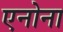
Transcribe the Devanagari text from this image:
एनोना